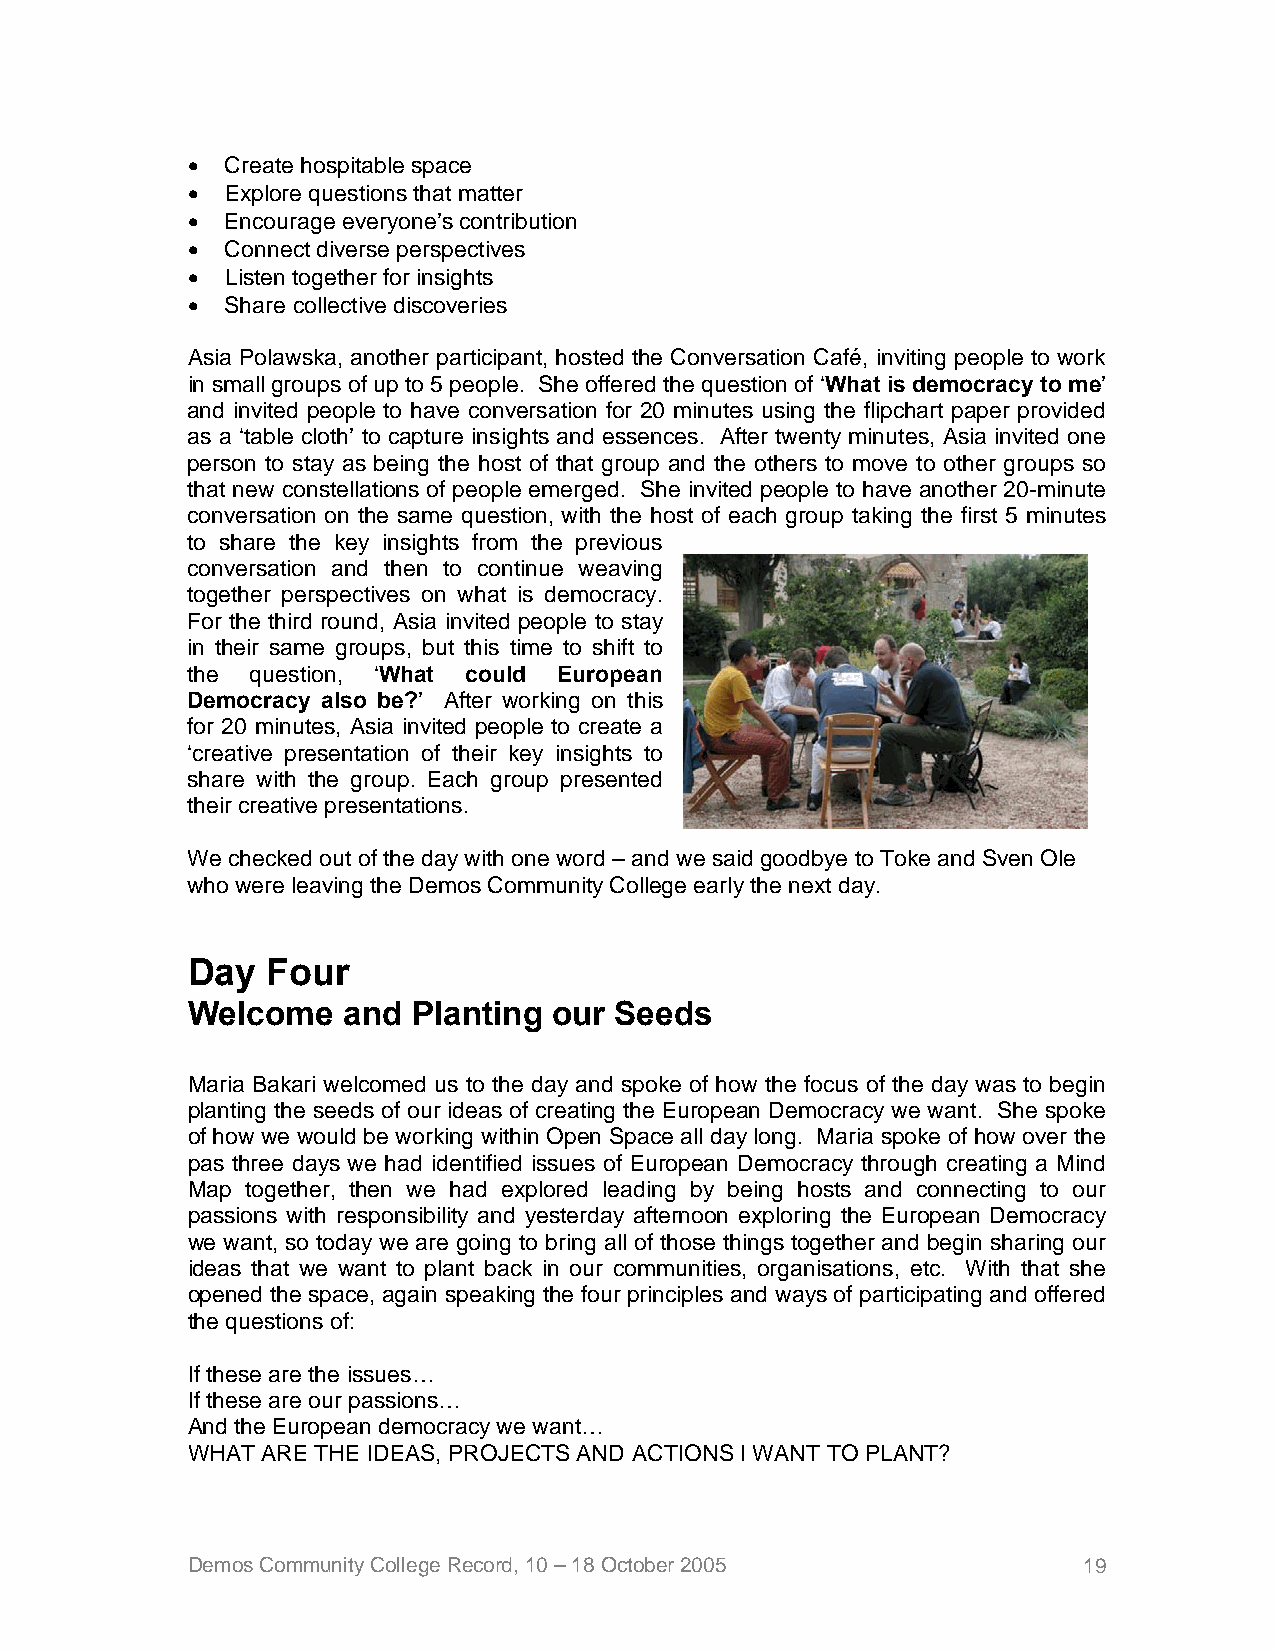
•  Create hospitable space
 •  Explore questions that matter
 •  Encourage everyone’s contribution
 •  Connect diverse perspectives
 •  Listen together for insights
 •  Share collective discoveries
 Asia Polawska, another participant, hosted the Conversation Café, inviting people to work
 in small groups of up to 5 people. She offered the question of ‘What is democracy to me’
 and invited people to have conversation for 20 minutes using the flipchart paper provided
 as a ‘table cloth’ to capture insights and essences. After twenty minutes, Asia invited one
 person to stay as being the host of that group and the others to move to other groups so
 that new constellations of people emerged. She invited people to have another 20-minute
 conversation on the same question, with the host of each group taking the first 5 minutes
 to share the key insights from the previous
 conversation and then to continue weaving
 together perspectives on what is democracy.
 For the third round, Asia invited people to stay
 in their same groups, but this time to shift to
 the  question, ‘What could European
 Democracy also be?’ After working on this
 for 20 minutes, Asia invited people to create a
 ‘creative presentation of their key insights to
 share with the group. Each group presented
 their creative presentations.
 We checked out of the day with one word – and we said goodbye to Toke and Sven Ole
 who were leaving the Demos Community College early the next day.
 Day   Four
 Welcome    and Planting  our Seeds
 Maria Bakari welcomed us to the day and spoke of how the focus of the day was to begin
 planting the seeds of our ideas of creating the European Democracy we want. She spoke
 of how we would be working within Open Space all day long. Maria spoke of how over the
 pas three days we had identified issues of European Democracy through creating a Mind
 Map together, then we had explored leading by being hosts and connecting to our
 passions with responsibility and yesterday afternoon exploring the European Democracy
 we want, so today we are going to bring all of those things together and begin sharing our
 ideas that we want to plant back in our communities, organisations, etc. With that she
 opened the space, again speaking the four principles and ways of participating and offered
 the questions of:
 If these are the issues…
 If these are our passions…
 And the European democracy we want…
 WHAT ARE THE IDEAS, PROJECTS AND ACTIONS I WANT TO PLANT?
 Demos Community College Record, 10 – 18 October 2005        19